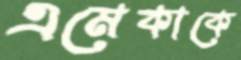
এমেকাকে